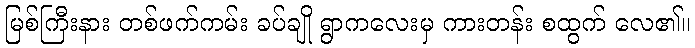
မြစ်ကြီးနား တစ်ဖက်ကမ်း ခပ်ချို ရွာကလေးမှ ကားတန်း စထွက် လေ၏။